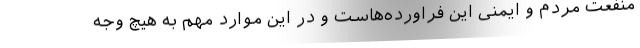
منفعت مردم و ایمنی این فراورده‌هاست و در این موارد مهم به هیچ وجه